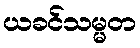
ယခင်သမ္မတ